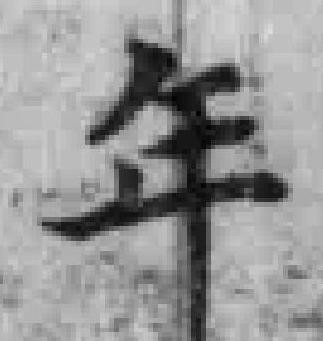
年